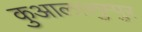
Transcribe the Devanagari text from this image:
कुआलालुम्पुर